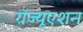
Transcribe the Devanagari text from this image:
ग्रॅज्यूएशन